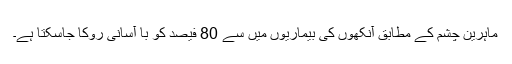
ماہرین چشم کے مطابق آنکھوں کی بیماریوں میں سے 80 فیصد کو با آسانی روکا جاسکتا ہے۔